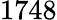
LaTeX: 1748